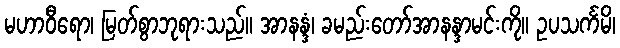
မဟာဝီရော၊ မြတ်စွာဘုရားသည်။ အာနန္ဒံ၊ ခမည်းတော်အာနန္ဒာမင်းကို။ ဥပသင်္ကမိ၊